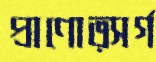
প্রাণোত্সর্গ